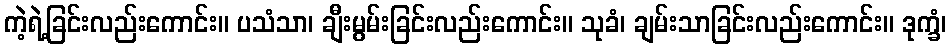
ကဲ့ရဲ့ခြင်းလည်းကောင်း။ ပသံသာ၊ ချီးမွမ်းခြင်းလည်းကောင်း။ သုခံ၊ ချမ်းသာခြင်းလည်းကောင်း။ ဒုက္ခံ၊